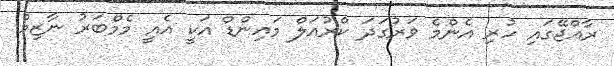
ރާއްޖޭގައި ހުރި އެންމެ ވަރުގަދަ ކްރުއަލް މައިންޑް އަކީ އެއީ މެމްބަރު ނާޒިމް